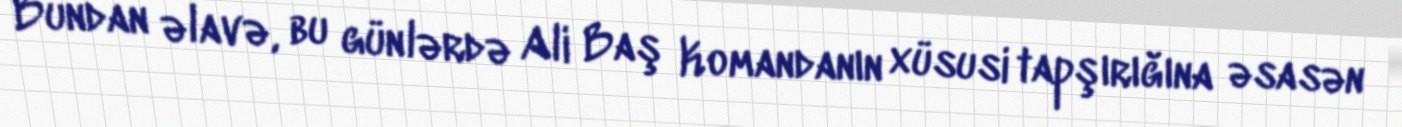
Bundan əlavə, bu günlərdə Ali Baş Komandanın xüsusi tapşırığına əsasən